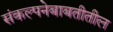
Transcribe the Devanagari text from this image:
संकल्पनेबाबतीतील